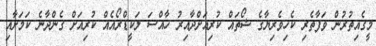
މީގެއިތުރުން ވަފާތެރި ކެހިވެރިޔާގެ ޝޯތައް ކުރިއަށްދާއިރު ހާއްސަ ލަކީޑްރޯއެއް ކުރިއަށް ގެންދާނެ ކަމަށާއި